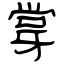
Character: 牚